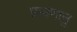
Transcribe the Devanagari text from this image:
प्रमाणानु